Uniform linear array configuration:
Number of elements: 64
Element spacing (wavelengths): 0.25
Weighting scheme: kaiser
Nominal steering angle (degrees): -15
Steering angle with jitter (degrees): -14.615
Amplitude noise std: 0.05
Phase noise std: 0.05

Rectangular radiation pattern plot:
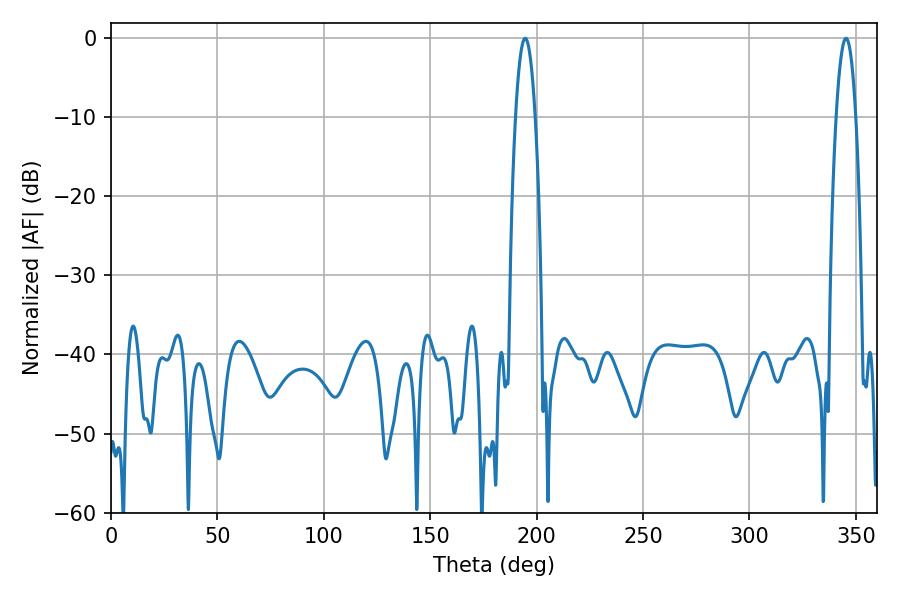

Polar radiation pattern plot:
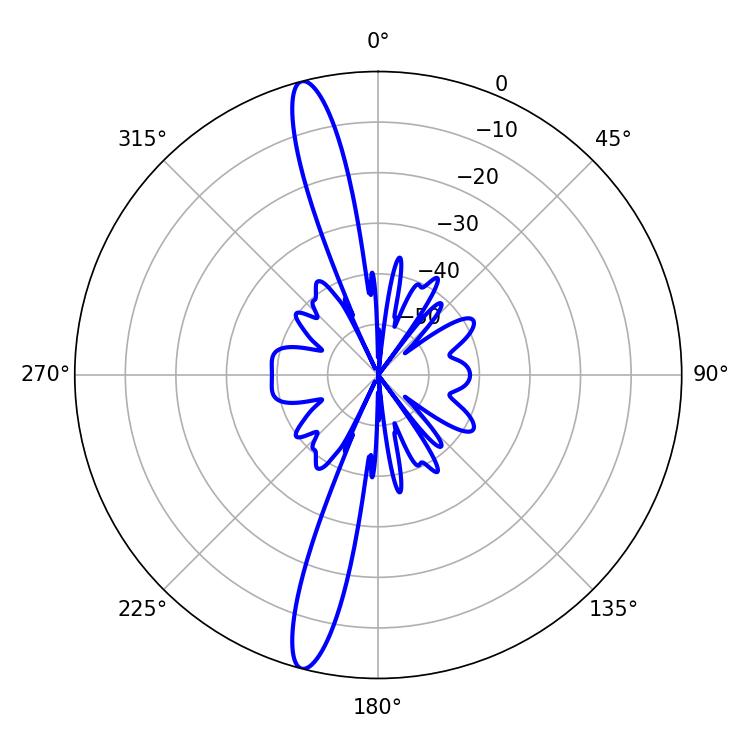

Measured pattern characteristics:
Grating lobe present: FALSE
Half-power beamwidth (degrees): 5.04
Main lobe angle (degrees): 194.58